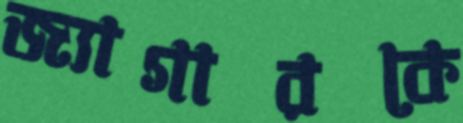
জ্যাগারকে